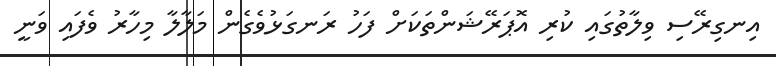
އިނގިރޭސި ވިލާތުގައި ކުރި އޮޕަރޭޝަންތަކަށް ފަހު ރަނގަޅުވެގެން މަލާލާ މިހާރު ވެފައި ވަނީ